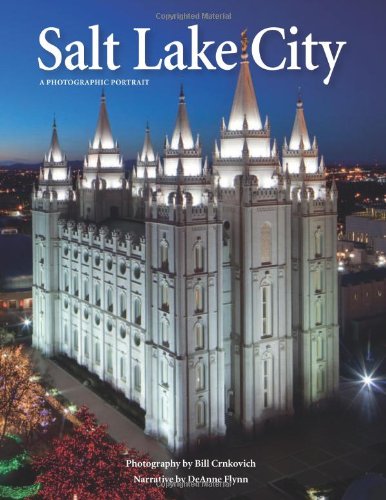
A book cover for Salt Lake City: A Photographic Portrait; Bill Crnkovich; Travel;